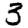
Digit: 3